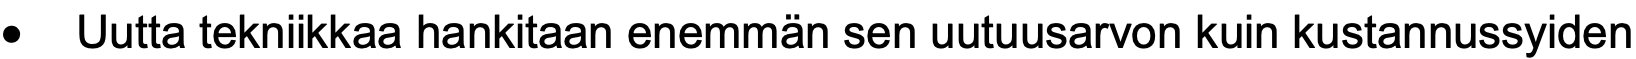
•  Uutta tekniikkaa hankitaan enemmän sen uutuusarvon kuin kustannussyiden